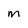
Character: M